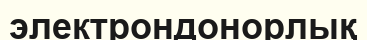
электрондонорлық